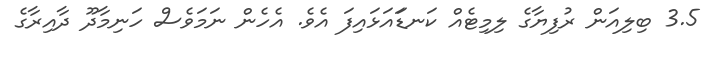
3.5 ބިލިއަން ރުފިޔާގެ ލިމިޓެއް ކަނޑަައަޅައިފަ އެވެ. އެހެން ނަމަވެސް ހަނިމާދޫ ދާއިރާގެ